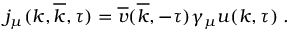
j _ { \mu } ( k , \overline { { { k } } } , \tau ) = \overline { { { v } } } ( \overline { { { k } } } , - \tau ) \gamma _ { \mu } u ( k , \tau ) \; .